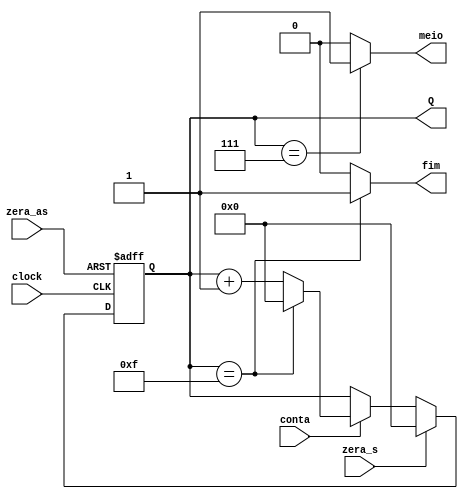
/*
  Modulo do contador_m disponibilizado pelos professores
*/

module contador_m #(parameter M=16, N=4)
  (
   input  wire          clock,
   input  wire          zera_as,
   input  wire          zera_s,
   input  wire          conta,
   output reg  [N-1:0]  Q,
   output reg           fim,
   output reg           meio
  );

  always @(posedge clock or posedge zera_as) begin
    if (zera_as) begin
      Q <= 0;
    end else if (clock) begin
      if (zera_s) begin
        Q <= 0;
      end else if (conta) begin
        if (Q == M-1) begin
          Q <= 0;
        end else begin
          Q <= Q + 1;
        end
      end
    end
  end

  // Saidas
  always @ (Q)
      if (Q == M-1)   fim = 1;
      else            fim = 0;

  always @ (Q)
      if (Q == M/2-1) meio = 1;
      else            meio = 0;

endmodule